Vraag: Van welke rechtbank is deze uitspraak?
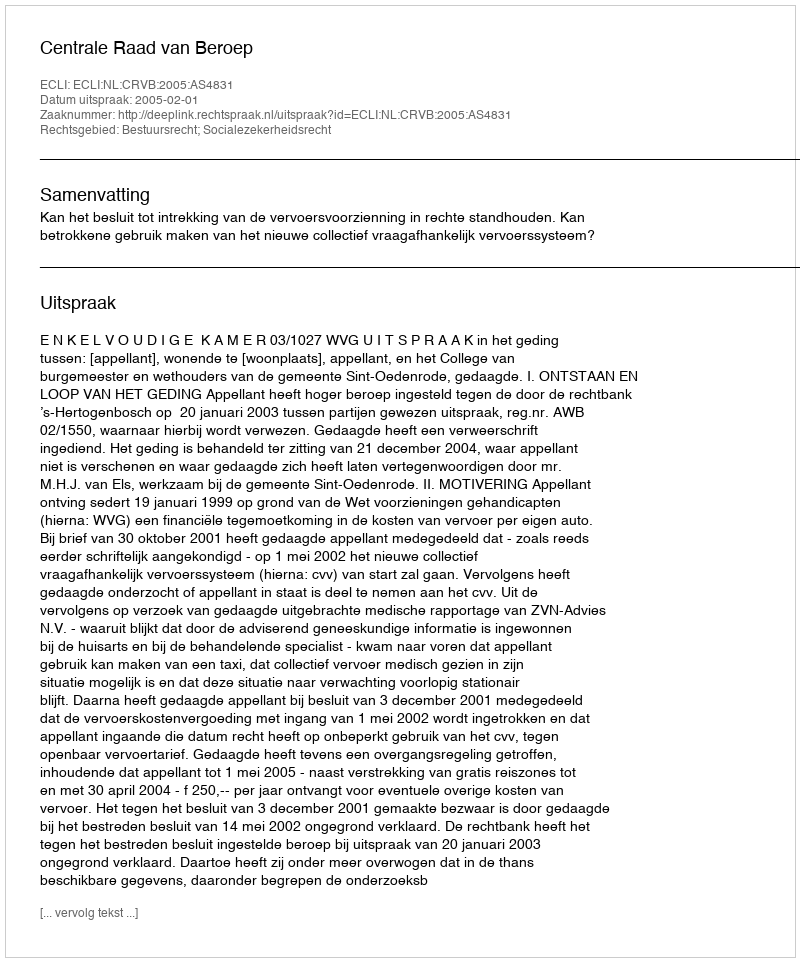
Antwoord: Centrale Raad van Beroep